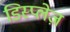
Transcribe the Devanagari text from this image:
डिस्प्लेज़